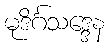
မုဒိင်္ဂသဒ္ဒေန